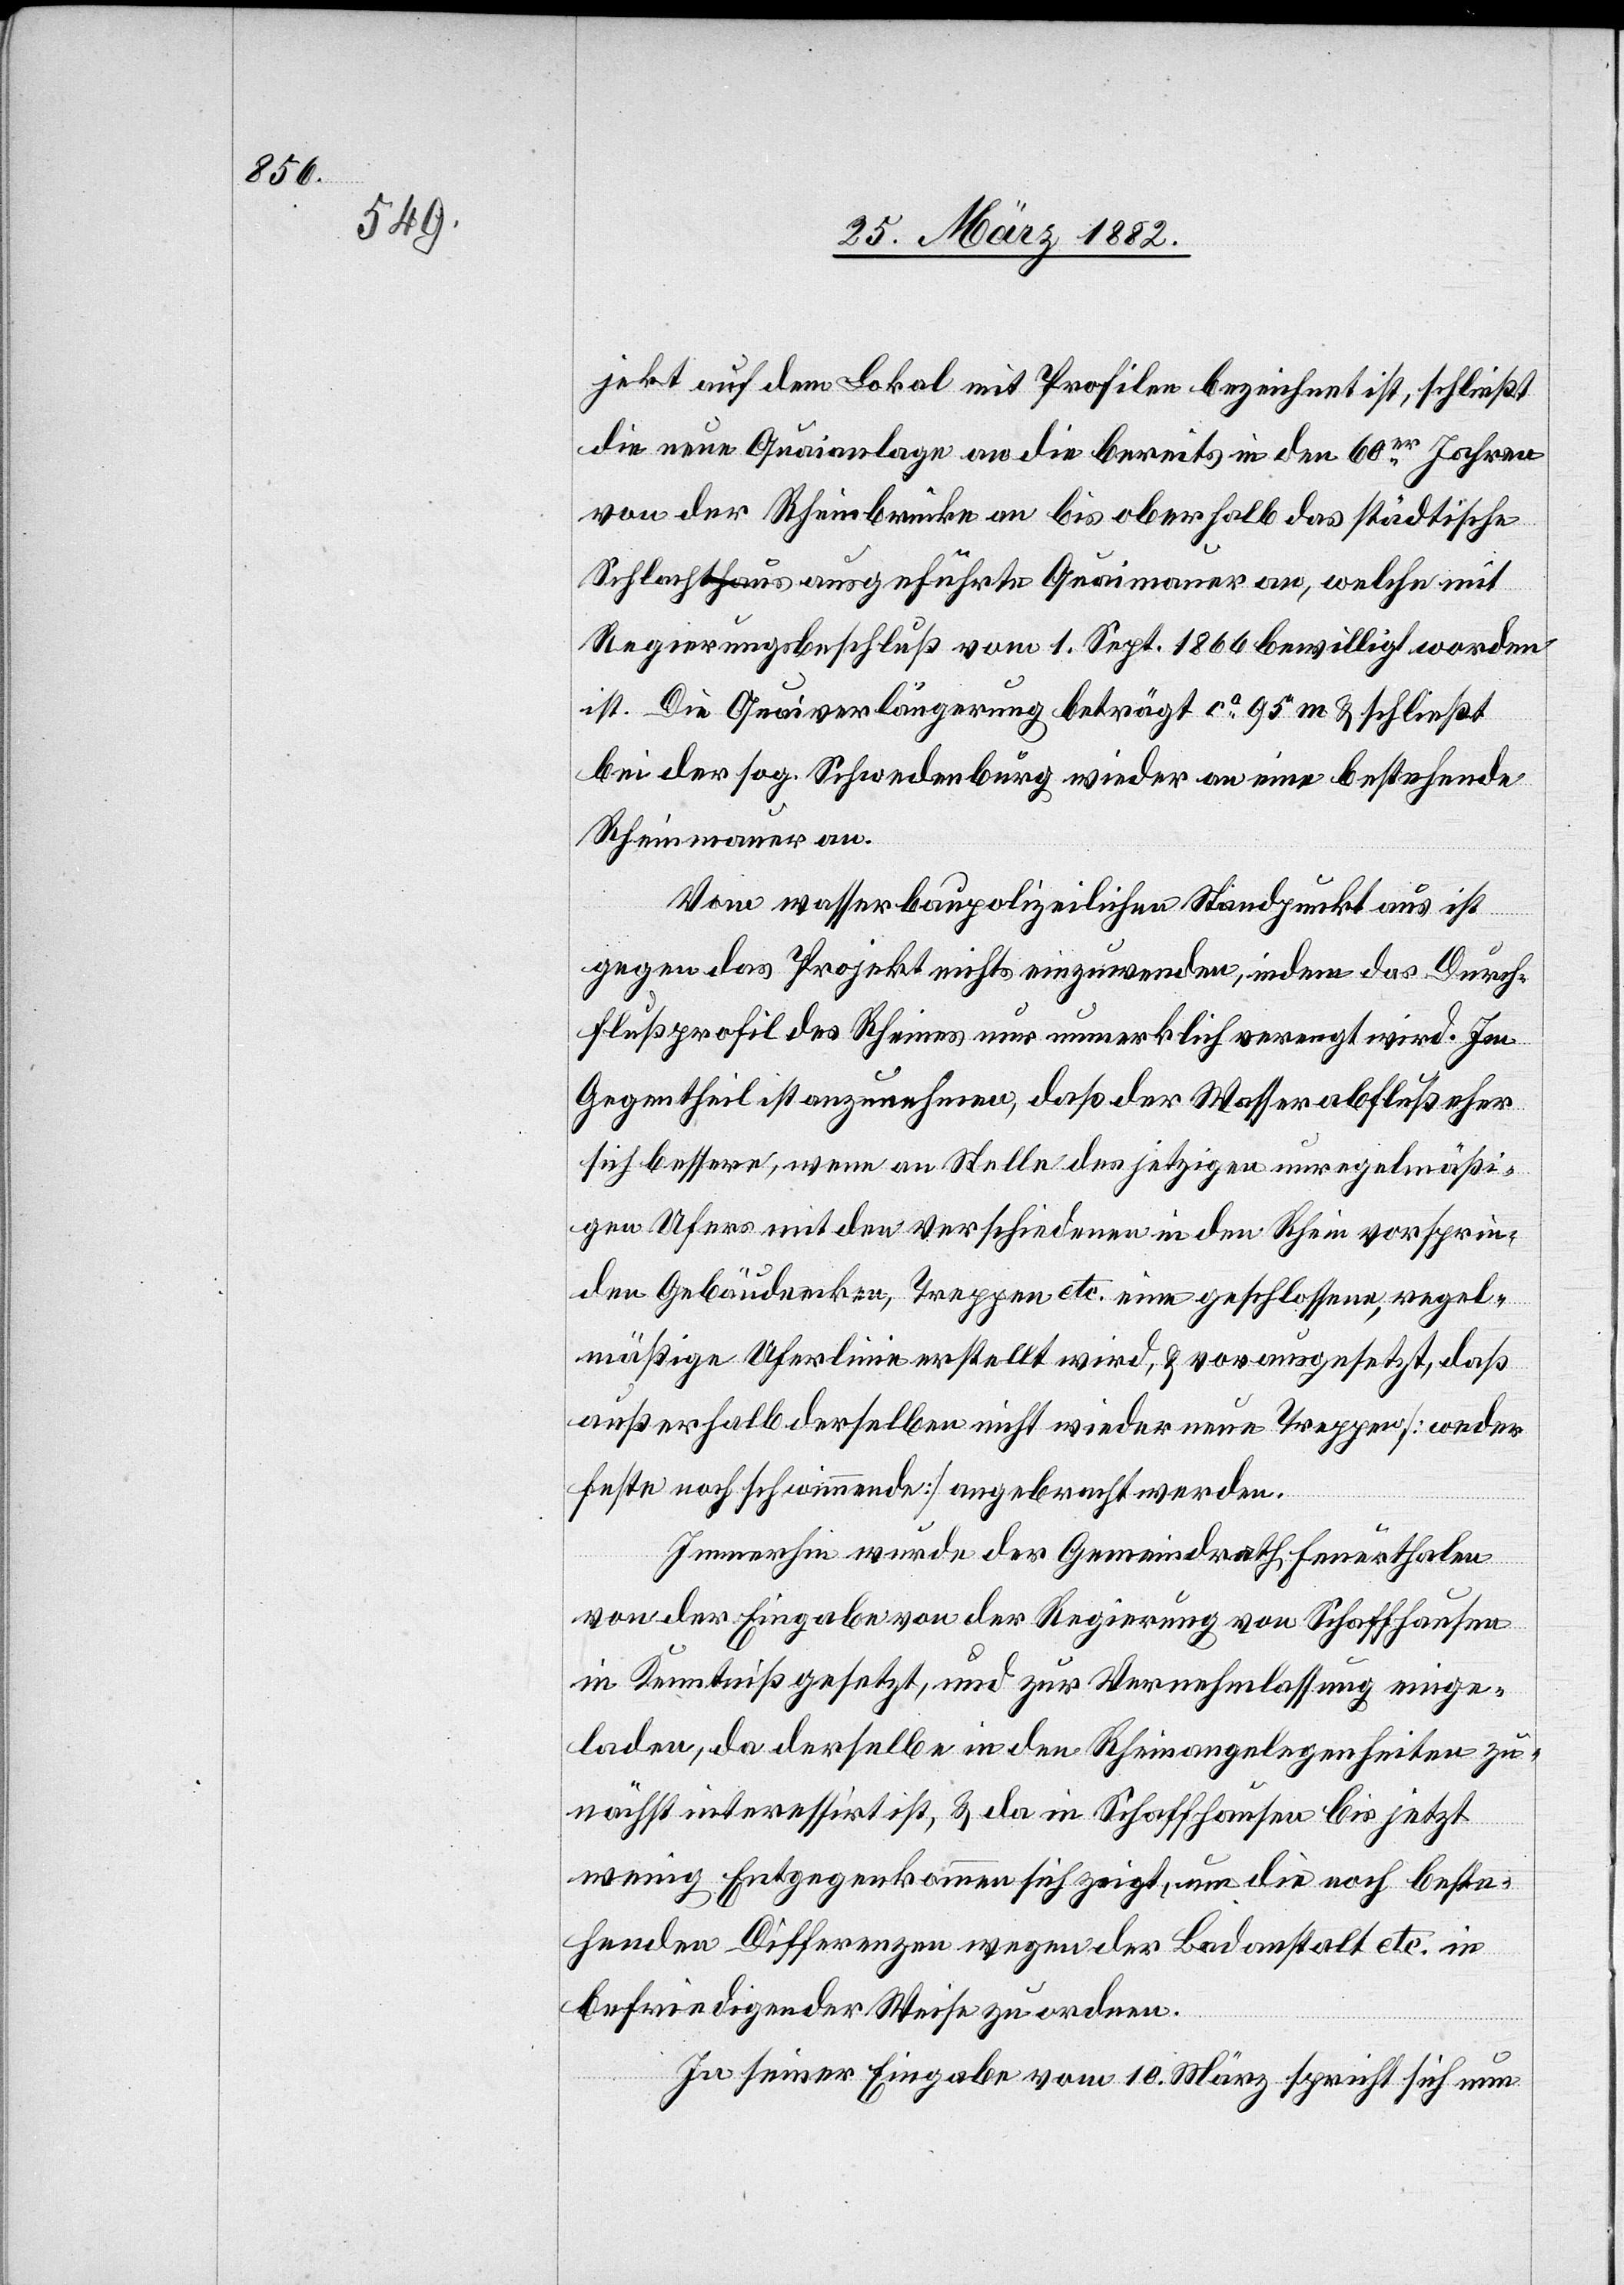
jekt auf dem Lokal mit Profilen bezeichnet ist, schließt
die neue Quaianlage an die bereits in den 60er Jahren
von der Rheinbrücke an bis oberhalb das städtische
Schlachthaus ausgeführte Quaimauer an, welche mit
Regierungsbeschluß vom 1. Sept. 1866 bewilligt worden
ist. Die Quaiverlängerung beträgt ca 95 m & schließt
bei der sog. Schwendenbürg wieder an eine bestehende
Rheinmauer an.
Vom wasserbaupolizeilichen Standpunkt aus ist
gegen das Projekt nichts einzuwenden, indem das Durch¬
flußprofil des Rheins nur unmerklich verengt wird. Im
Gegentheil ist anzunehmen, daß der Wasserabfluß eher
sich bessere, wenn an Stelle des jetzigen unregelmäßi¬
gen Ufers mit den verschiedenen in den Rhein vorspringen¬
den Gebäudeecken, Treppen etc. eine geschlossene, regel¬
mäßige Uferlinie erstellt wird, & vorausgesetzt, daß
außerhalb derselben nicht wieder neue Treppen [weder
feste noch schwimmende] angebracht werden.
Immerhin wurde der Gemeindrath Feuerthalen
von der Eingabe von der Regierung von Schaffhausen
in Kenntniß gesetzt, und zur Vernehmlassung einge¬
laden, da derselbe in den Rheinangelegenheiten zu¬
nächst interessirt ist, & da in Schaffhausen bis jetzt
wenig Entgegenkommen sich zeigt, um die noch beste¬
henden Differenzen wegen der Badeanstalt etc. in
befriedigender Weise zu ordnen.
In seiner Eingabe vom 10. März spricht sich nun